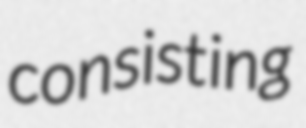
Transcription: consisting